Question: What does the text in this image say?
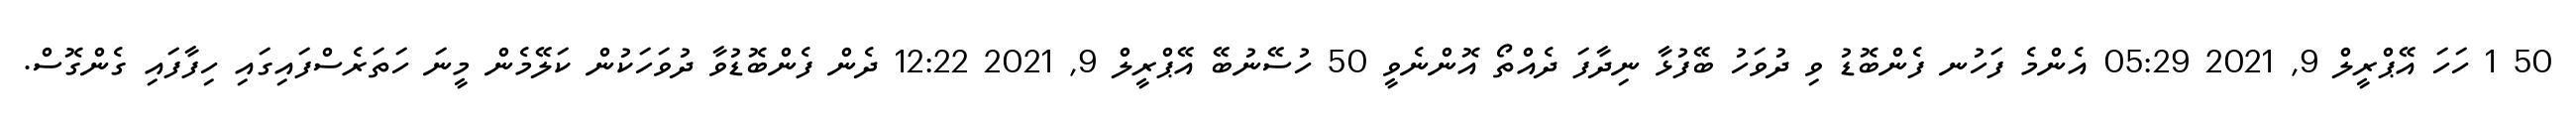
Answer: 50 1 ހަހަ އޭޕްރީލް 9, 2021 05:29 އެންމެ ފަހުނ ފެންބޮޑު ވި ދުވަހު ބޭފުޅާ ނިދާފަ ދެއްތޯ އޮންނެވީ 50 ހުސޭނުބޭ އޭޕްރީލް 9, 2021 12:22 ދެން ފެންބޮޑުވާ ދުވަހަކުން ކަލޭމެން މީނަ ހަތަރެސްފައިގައި ހިފާފައި ގެންގޮސް.